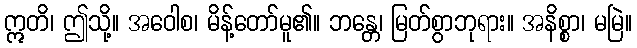
ဣတိ၊ ဤသို့။ အဝေါစ၊ မိန့်တော်မူ၏။ ဘန္တေ၊ မြတ်စွာဘုရား။ အနိစ္စာ၊ မမြဲ။